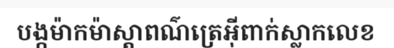
បង្កម៉ាកម៉ាស្តាពណ៌ត្រេអ៊ីពាក់ស្លាកលេខ